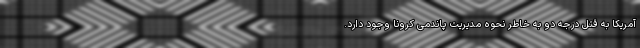
آمریکا به قتل درجه دو به خاطر نحوه مدیریت پاندمی کرونا وجود دارد.